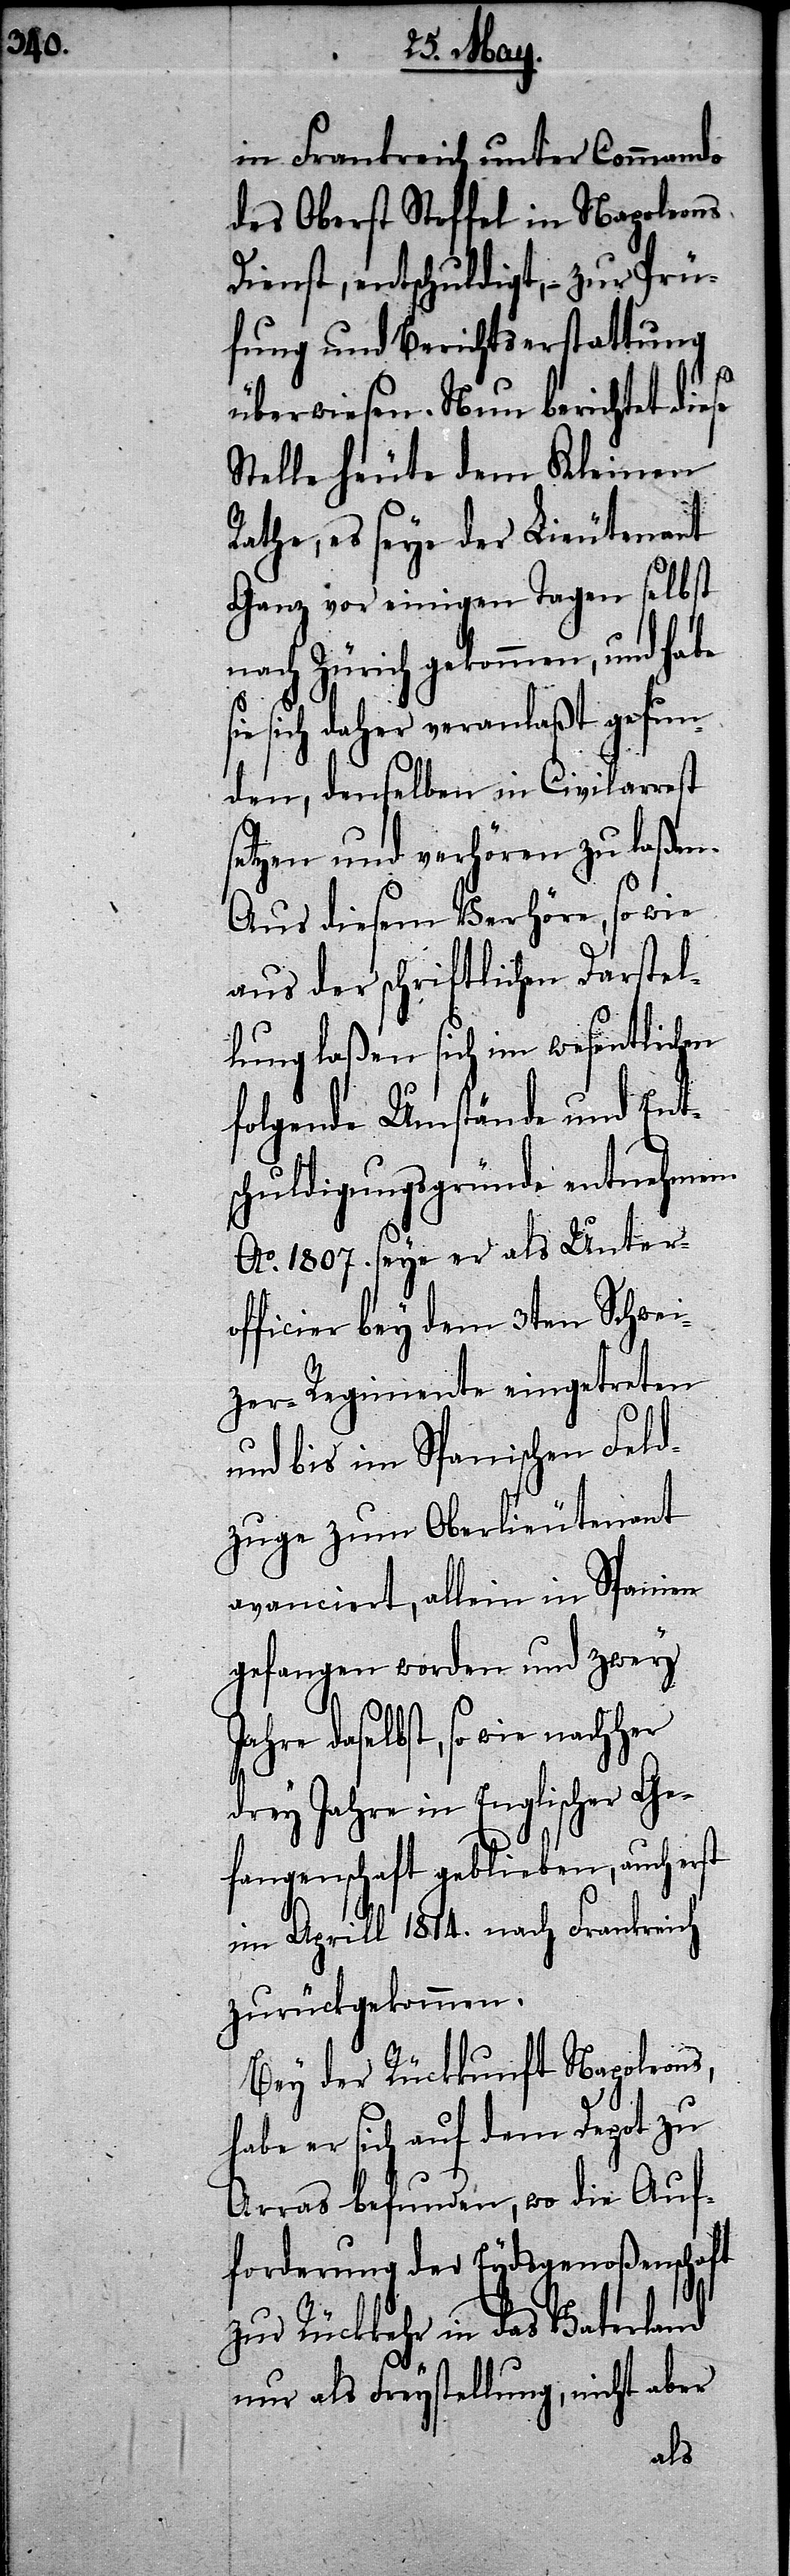
in Frankreich unter Commando
des Oberst Stoffel in Napoleons
Dienst, entschuldigt, – zur Prü¬
fung und Berichtserstattung
überwiesen. Nun berichtet diese
Stelle heute dem Kleinen
Rathe, es seye der Lieutenant
Ganz vor einigen Tagen selbst
nach Zürich gekommen, und habe
sich daher veranlaßt gefun¬
den, denselben in Civilarrest
setzen und verhören zu laßen.
Aus diesem Verhöre, so wie
aus der schriftlichen Darstel¬
lung laßen sich im wesentlichen
folgende Umstände und Ent¬
schuldigungsgründe entnehmen.
Ao. 1807. seye er als Unter¬
officier bey dem 3ten Schwei¬
zer-Regimente eingetreten
und bis im Spanischen Feld¬
zuge zum Oberlieutenant
avanciert, allein in Spanien
gefangen worden und zwey
Jahre daselbst, so wie nachher
drey Jahre in Englischer Ge¬
fangenschaft geblieben, auch erst
im Aprill 1814. nach Frankreich
zurückgekommen.
Bey der Rückkunft Napoleons,
habe er sich auf dem Depot zu
Arras befunden, wo die Auf¬
forderung der Eydsgenoßenschaft
zur Rückkehr in das Vaterland
nur als Freystellung, nicht aber